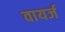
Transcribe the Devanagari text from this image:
वायर्ज